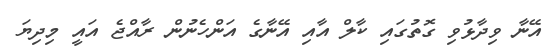
އޭނާ ވިދާޅުވި ގޮތުގައި ކާލް އާއި އޭނާގެ އަންހެނުން ރާއްޖެ އައީ މިދިޔަ